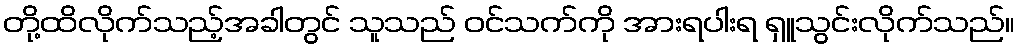
တို့ထိလိုက်သည့်အခါတွင် သူသည် ဝင်သက်ကို အားရပါးရ ရှူသွင်းလိုက်သည်။